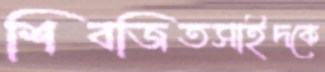
শিবজিতসাইদকে